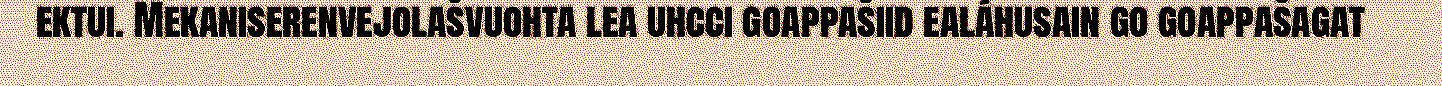
ektui. Mekaniserenvejolašvuohta lea uhcci goappašiid ealáhusain go goappašagat